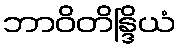
ဘာဝိတိန္ဒြိယံ